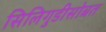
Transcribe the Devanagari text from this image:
सिलिगुडीसोबत